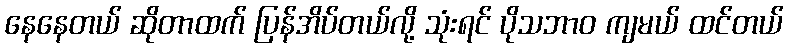
နေနေတယ် ဆိုတာထက် ပြန်အိပ်တယ်လို့ သုံးရင် ပိုသဘာဝ ကျမယ် ထင်တယ်